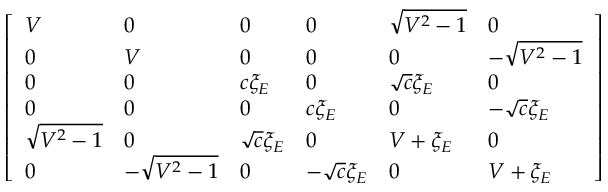
\left[ \begin{array} { l l l l l l } { V } & { 0 } & { 0 } & { 0 } & { \sqrt { { { V } ^ { 2 } } - 1 } } & { 0 } \\ { 0 } & { V } & { 0 } & { 0 } & { 0 } & { - \sqrt { { { V } ^ { 2 } } - 1 } } \\ { 0 } & { 0 } & { c { { \xi } _ { E } } } & { 0 } & { \sqrt { c } { { \xi } _ { E } } } & { 0 } \\ { 0 } & { 0 } & { 0 } & { c { { \xi } _ { E } } } & { 0 } & { - \sqrt { c } { { \xi } _ { E } } } \\ { \sqrt { { { V } ^ { 2 } } - 1 } } & { 0 } & { \sqrt { c } { { \xi } _ { E } } } & { 0 } & { V + { { \xi } _ { E } } } & { 0 } \\ { 0 } & { - \sqrt { { { V } ^ { 2 } } - 1 } } & { 0 } & { - \sqrt { c } { { \xi } _ { E } } } & { 0 } & { V + { { \xi } _ { E } } } \end{array} \right]